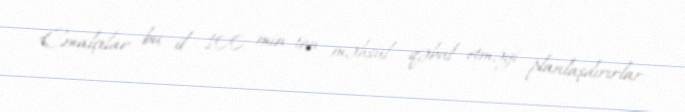
Emalçılar bu il 100 min ton məhsul qəbul etməyi planlaşdırırlar.